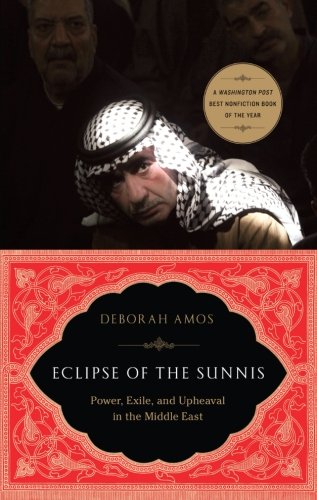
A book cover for Eclipse of the Sunnis: Power, Exile, and Upheaval in the Middle East; Deborah Amos; Religion & Spirituality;